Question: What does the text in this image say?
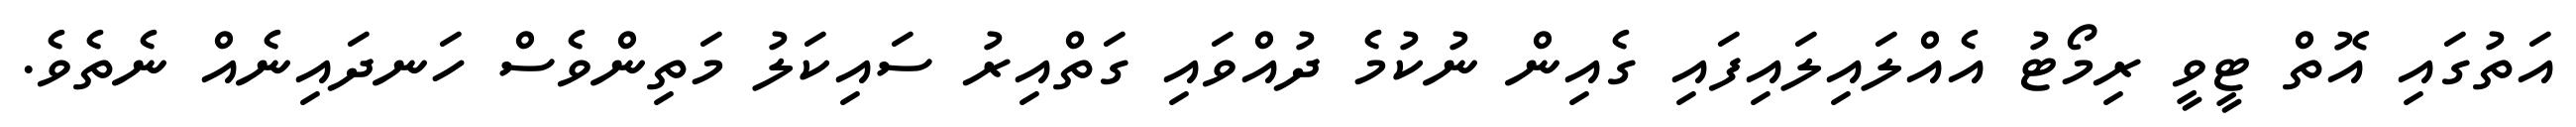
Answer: އަތުގައި އޮތް ޓީވީ ރިމޯޓު އެއްލައިލައިފައި ގެއިން ނުކުމެ ދުއްވައި ގަތްއިރު ސައިކަލު މަތިންވެސް ހަނދައިނެއް ނެތެވެ.